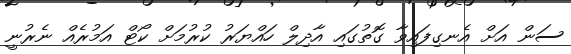
ސަން އަށް އެނގިފައިވާ ގޮތުގައި އާދިލް ހައްޔަރު ކުރުމަށް ކޯޓް އަމުރެއް ނެރުނީ